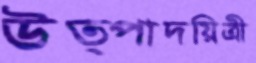
উত্পাদয়িত্রী